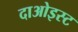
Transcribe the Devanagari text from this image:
दाओइस्ट